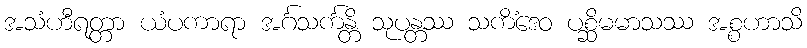
အသံဟီရတ္တာ ယံပကာရာ အင်္ဂသင်္ကန္တိ သုပန္တဿ သကိံဒေဝ ပစ္ဆိမမာသဿ အစ္စဟာသိ